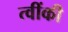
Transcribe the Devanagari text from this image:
त्वींकी